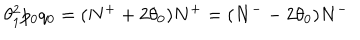
\theta _ { 1 } ^ { 2 } p _ { 0 } q _ { 0 } = ( N ^ { + } + 2 \theta _ { 0 } ) N ^ { + } = ( N ^ { -- } 2 \theta _ { 0 } ) N ^ { - }